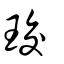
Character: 珓